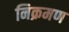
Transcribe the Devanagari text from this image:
निक्रमण